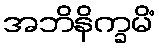
အဘိနိက္ခမိံ